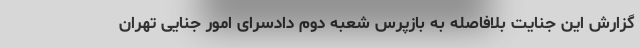
گزارش این جنایت بلافاصله به بازپرس شعبه دوم دادسرای امور جنایی تهران